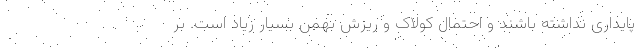
پایداری نداشته باشند و احتمال کولاک و ریزش بهمن بسیار زیاد است. بر